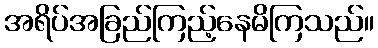
အရိပ်အခြည်ကြည့်နေမိကြသည်။